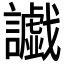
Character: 𮙅